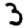
Digit: 3